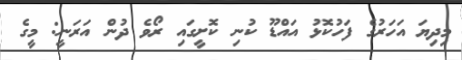
މިދިޔަ އަހަރުގެ ފަހުކޮޅު އައްޑޫ ކުނި ކޮށީގައި ރޯވެ ދުން އަރަނީ: މީގެ